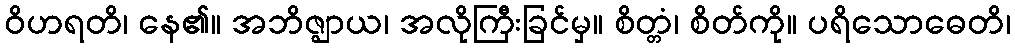
ဝိဟရတိ၊ နေ၏။ အဘိဇ္ဈာယ၊ အလိုကြီးခြင်မှ။ စိတ္တံ၊ စိတ်ကို။ ပရိသောဓေတိ၊